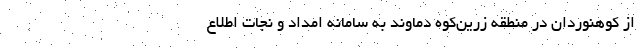
از کوهنوردان در منطقه زرین‌کوه دماوند به سامانه امداد و نجات اطلاع